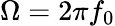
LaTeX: \Omega=2\pi f_{0}